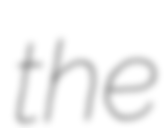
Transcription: the